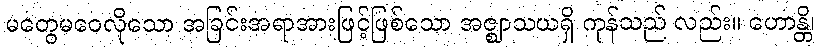
မတွေမဝေလိုသော အခြင်းအရာအားဖြင့်ဖြစ်သော အဇ္ဈာသယရှိ ကုန်သည် လည်း။ ဟောန္တိ၊